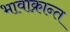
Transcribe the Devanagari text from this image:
भावाक्रान्त